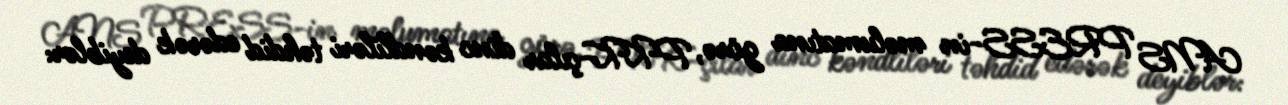
ANS PRESS-in məlumatına görə, PKK-çılar dinc kəndliləri təhdid edərək deyiblər: